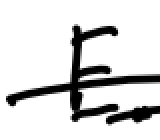
Text: E.
Cross-out: double-line
Writing tool: digital_black